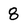
Character: 8